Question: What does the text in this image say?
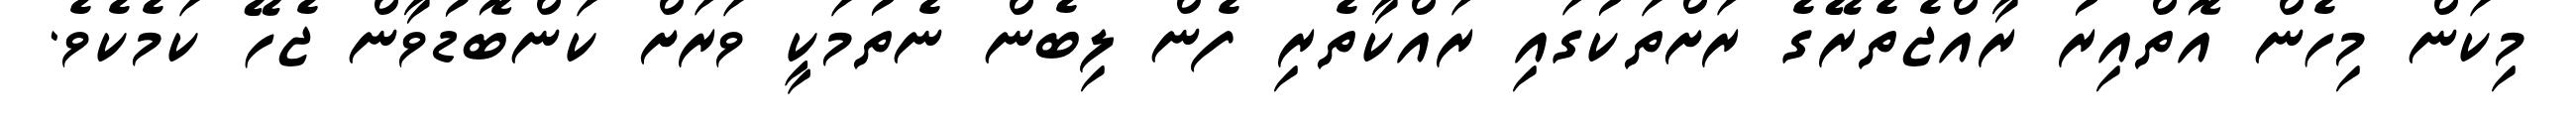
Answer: މިކަން މިހެން އޮތްއިރު ރާއްޖެތެރޭގެ ރަށްތަކުގައި ރައްކާތެރި ފެން ލިބެން ނެތުމަކީ ވަރަށް ކަންބޮޑުވާން ޖެހޭ ކަމެކެވެ.